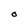
Character: O